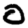
Digit: 0